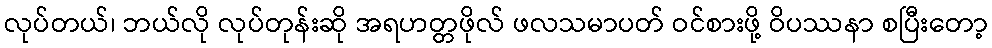
လုပ်တယ်၊ ဘယ်လို လုပ်တုန်းဆို အရဟတ္တဖိုလ် ဖလသမာပတ် ဝင်စားဖို့ ဝိပဿနာ စပြီးတော့